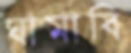
ঘামাবি